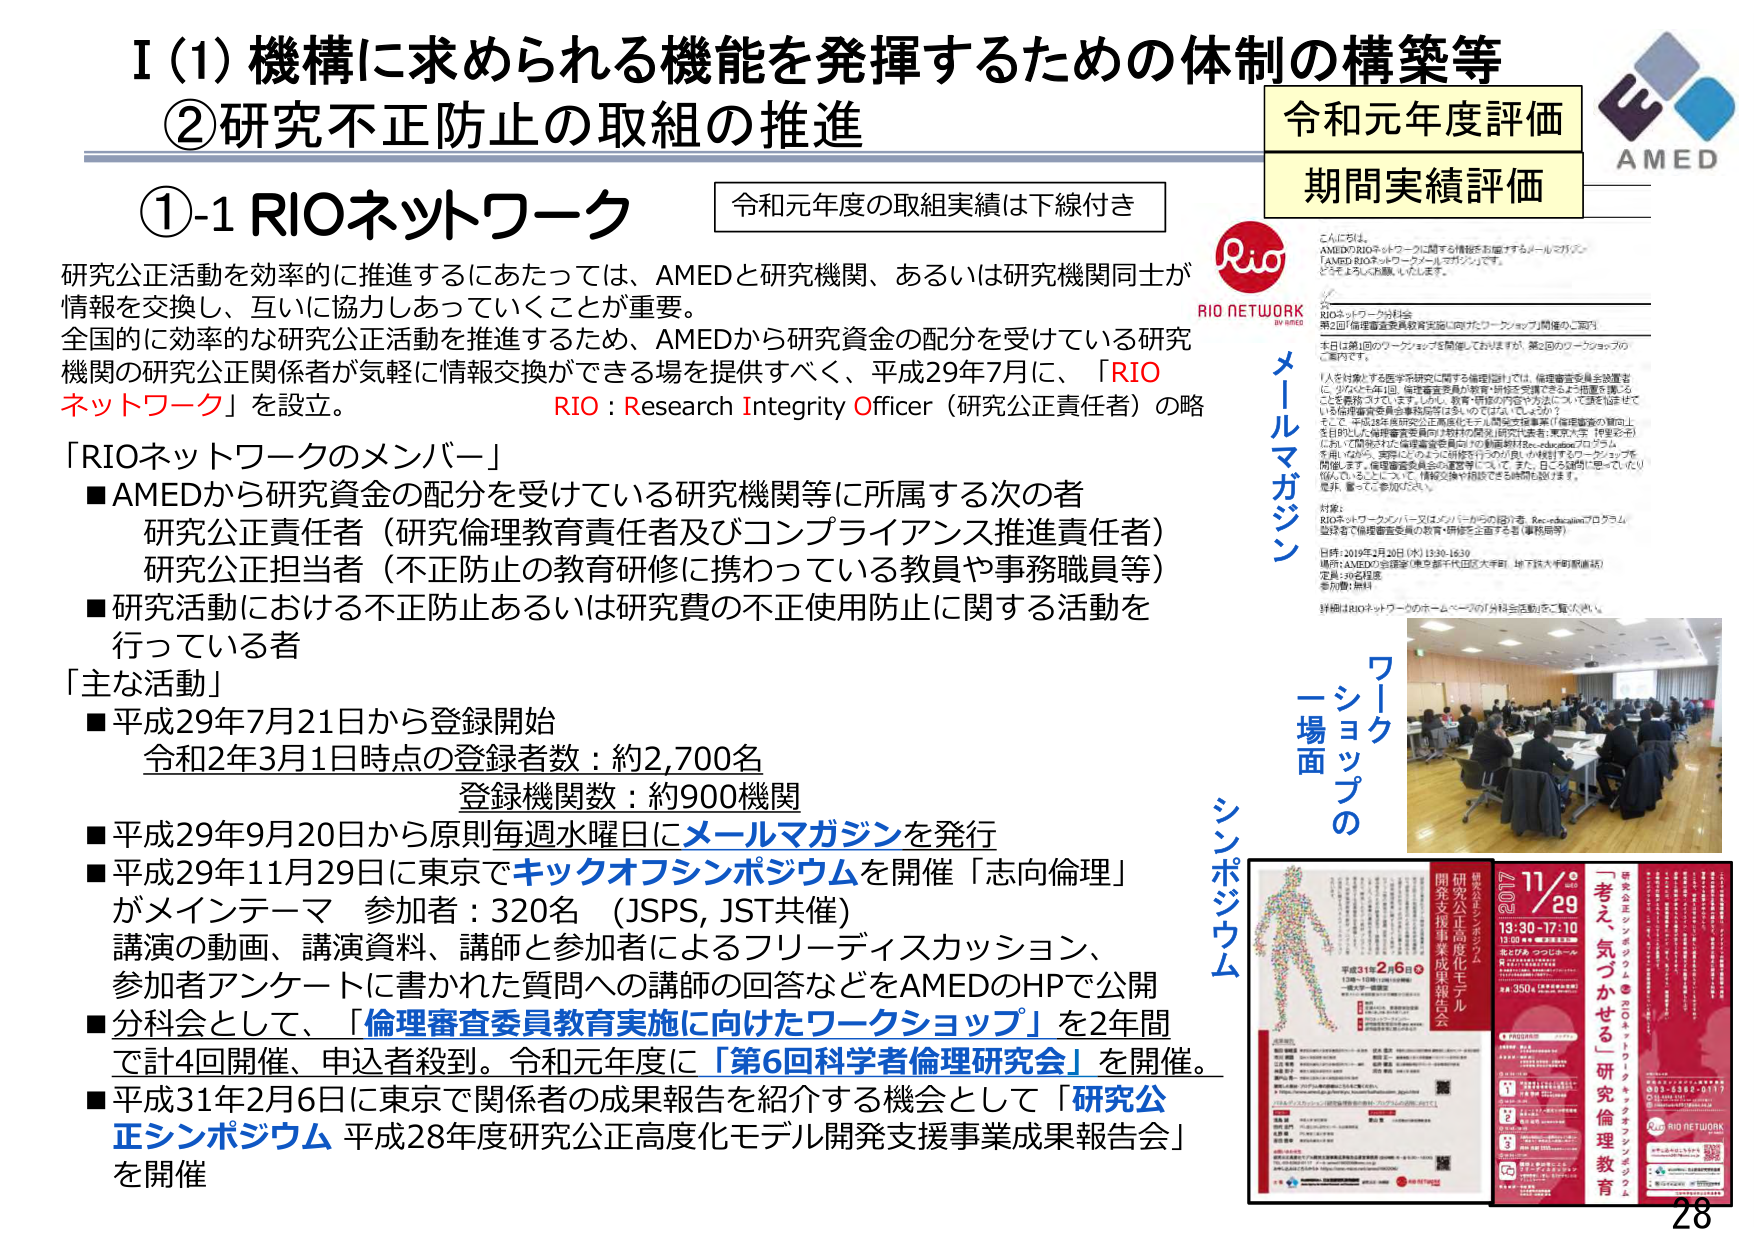
I（1）機構に求められる機能を発揮するための体制の構築等
②研究不正防止の取組の推進

①-1 RIOネットワーク
令和元年度の取組実績は下線付き

研究公正活動を効率的に推進するにあたっては、AMEDと研究機関、あるいは研究機関同士が情報を交換し、互いに協力しあっていくことが重要。
全国的に効率的な研究公正活動を推進するため、AMEDから研究資金の配分を受けている研究機関の研究公正関係者が気軽に情報交換ができる場を提供すべく、平成29年7月に、「RIOネットワーク」を設立。
RIO：Research Integrity Officer（研究公正責任者）の略

「RIOネットワークのメンバー」
■AMEDから研究資金の配分を受けている研究機関等に所属する次の者
　研究公正責任者（研究倫理教育責任者及びコンプライアンス推進責任者）
　研究公正担当者（不正防止の教育研修に携わっている教員や事務職員等）
■研究活動における不正防止あるいは研究費の不正使用防止に関する活動を行っている者

「主な活動」
■平成29年7月21日から登録開始
　令和2年3月1日時点の登録者数：約2,700名
　登録機関数：約900機関
■平成29年9月20日から原則毎週水曜日にメールマガジンを発行
■平成29年11月29日に東京でキックオフシンポジウムを開催「志向倫理」がメインテーマ　参加者：320名（JSPS, JST共催）
　講演の動画、講演資料、講師と参加者によるフリーディスカッション、参加者アンケートに書かれた質問への講師の回答などをAMEDのHPで公開
■分科会として、「倫理審査委員教育実施に向けたワークショップ」を2年間で計4回開催、申込者殺到。令和元年度に「第6回科学者倫理研究会」を開催。
■平成31年2月6日に東京で関係者の成果報告を紹介する機会として「研究公正シンポジウム 平成28年度研究公正高度化モデル開発支援事業成果報告会」を開催

令和元年度評価
期間実績評価

こんにちは。
AMEDのRIOネットワークに関する情報をお届けするメールマガジン「AMED RIOネットワークメールマガジン」です。
どうぞよろしくお願いいたします。

RIOネットワーク事務局
第2回「倫理審査委員教育実施に向けたワークショップ」開催のご案内
本日は第1回のワークショップを開催しておりますが、第2回のワークショップのご案内です。

「人を対象とする医学系研究に関する倫理指針」では、倫理審査委員会設置等に、少なくとも年1回、倫理審査委員が教育・研修を受講できるよう措置を講じることを義務づけています。しかし、教育・研修の内容や方法について、実態はまちまちで、倫理審査委員会事務局側は、どうすればよいでしょうか？
そこで、平成28年度研究公正高度化モデル開発支援事業（「倫理審査の質向上を目的とした倫理審査委員向け教材の開発」研究代表者：東京大学 伴野彩子）において開発された倫理審査委員向けの動画教材「Re-educationプログラム」を用いながら、実際にどのように研修を行うのかを例示するワークショップを開催します。倫理審査委員会の運営等について、また、日々の疑問に思っていたり悩んでいることについて、情報交換や相談できる場所を設けます。
是非、奮ってご参加ください。

対象：
RIOネットワークメンバー又はメンバーからの招待者、Re-educationプログラム登録者（倫理審査委員の教育・研修を主導する事務局等）

日時：2019年2月20日（水）13:30-16:30
場所：AMEDの会議室（東京都千代田区大手町 地下鉄大手町駅直結）
定員：20名程度
参加費：無料
詳細はRIOネットワークのホームページの「分科会活動」をご覧ください。

メールマガジン
ワークショップの
一場面
シンポジウム

11/29
13:30 - 17:10
研究公正シンポジウム
「志向倫理」
参加費：無料
定員：350名（先着順）

研究公正高度化モデル開発支援事業成果報告会
平成31年2月6日
13:00 - 17:00
参加費：無料
定員：350名（先着順）

研究公正シンポジウム
「志向倫理」
研究倫理教育
「考え、気づかせる」

AMED
RIO NETWORK
28